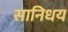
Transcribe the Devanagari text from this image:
सानिधय